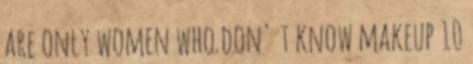
are only women who don' t know makeup 10